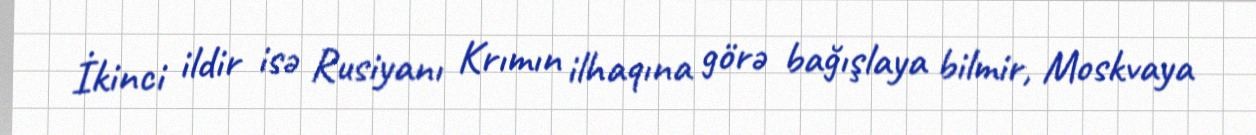
İkinci ildir isə Rusiyanı Krımın ilhaqına görə bağışlaya bilmir, Moskvaya